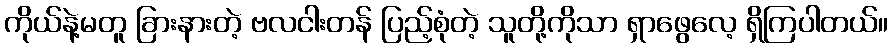
ကိုယ်နဲ့မတူ ခြားနားတဲ့ ဗလငါးတန် ပြည့်စုံတဲ့ သူတို့ကိုသာ ရှာဖွေလေ့ ရှိကြပါတယ်။